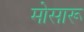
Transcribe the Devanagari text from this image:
मोसारू